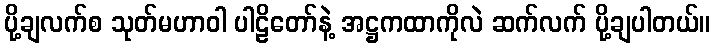
ပို့ချလက်စ သုတ်မဟာဝါ ပါဠိတော်နဲ့ အဋ္ဌကထာကိုလဲ ဆက်လက် ပို့ချပါတယ်။